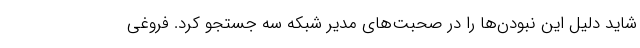
شاید دلیل این نبودن‌ها را در صحبت‌های مدیر شبکه سه جستجو کرد. فروغی